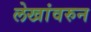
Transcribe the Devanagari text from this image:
लेखांवरुन